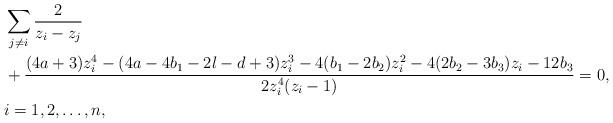
LaTeX: \begin{align*} &\sum_{j\ne i} \frac{2}{z_i-z_j} \\ &{} + \frac{(4a+3)z_i^4 - (4a-4b_1-2l-d+3)z_i^3 - 4(b_1-2b_2)z_i^2 - 4(2b_2-3b_3)z_i - 12b_3}{2z_i^4(z_i-1)} = 0, \\ & i=1, 2, \ldots, n,\end{align*}